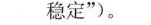
稳定”)。